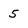
Character: 5